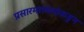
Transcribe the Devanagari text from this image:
प्रसारमाध्यमांकडुन